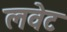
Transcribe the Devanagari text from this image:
लवेट